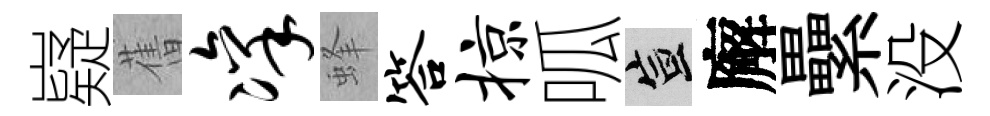
嶷𦾔凛蜂答掠呱宣廨纍没